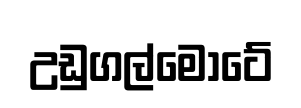
උඩුගල්මොටේ